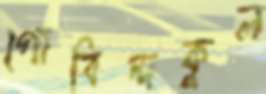
গোবিন্দকুল